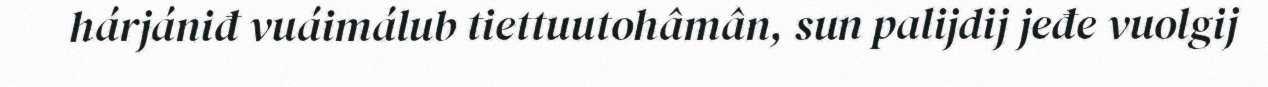
hárjániđ vuáimálub tiettuutohâmân, sun palijdij jeđe vuolgij